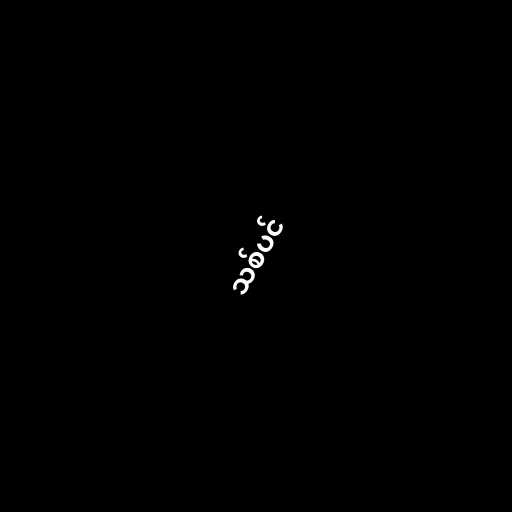
သစ်ပင်